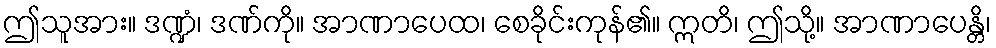
ဤသူအား။ ဒဏ္ဍံ၊ ဒဏ်ကို။ အာဏာပေထ၊ စေခိုင်းကုန်၏။ ဣတိ၊ ဤသို့။ အာဏာပေန္တိ၊